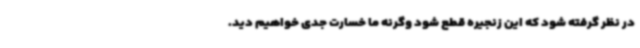
در نظر گرفته شود که این زنجیره قطع شود وگرنه ما خسارت جدی خواهیم دید.